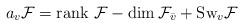
LaTeX: \begin{align*}a_v{\cal F}={\rm rank}\ {\cal F}-\dim {\cal F}_{\bar v}+{\rm Sw}_v{\cal F}\end{align*}